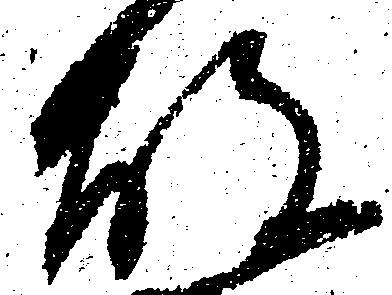
故